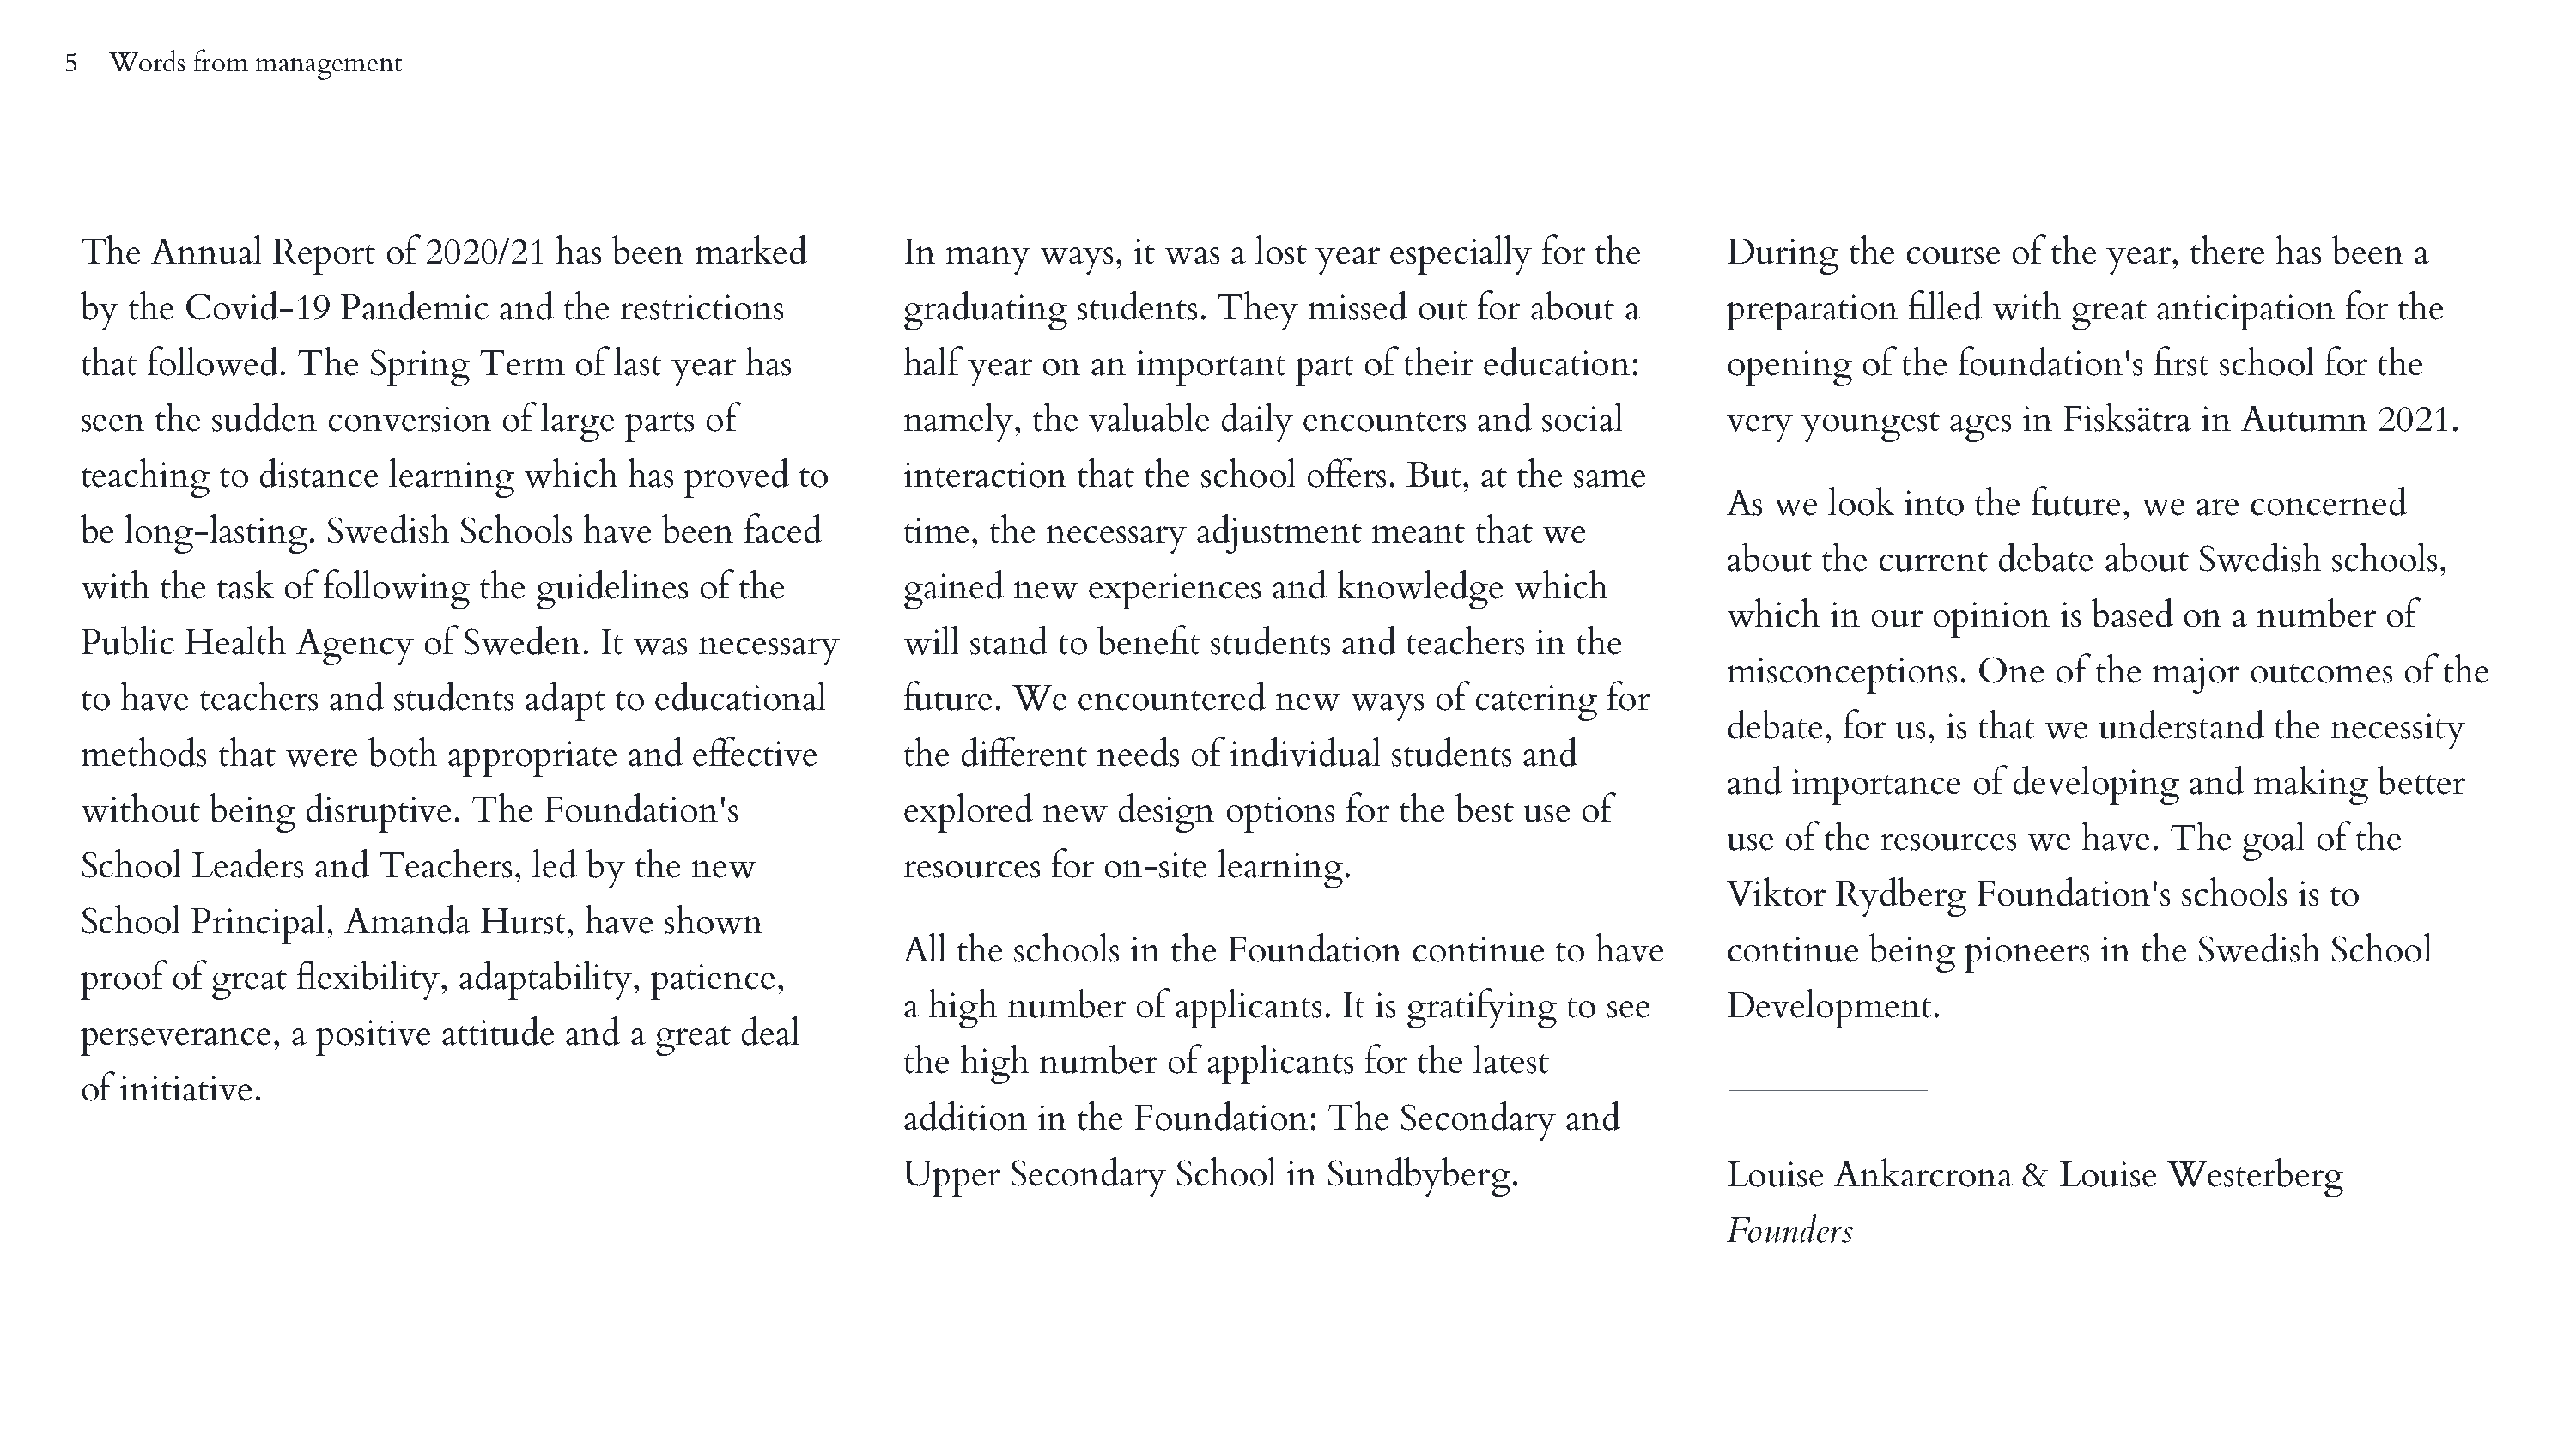
5  Words  from management
 The   Annual   Report   of 2020/21   has been   marked          In many   ways,  it was  a lost year especially  for the       During    the course  of the  year, there has  been  a
 by  the Covid-19    Pandemic    and  the  restrictions          graduating   students.  They   missed  out  for about  a       preparation   filled with  great anticipation   for the
 that followed.   The  Spring   Term   of last year has          half year on  an  important   part of their education:         opening    of the foundation's   first school for the
 seen  the sudden   conversion    of large parts of              namely,   the valuable  daily encounters    and  social        very  youngest   ages  in Fisksätra  in Autumn    2021.
 teaching   to distance  learning  which   has  proved   to      interaction  that the  school  offers. But, at the same
 As  we  look  into the  future, we  are concerned
 be  long-lasting.  Swedish   Schools   have  been  faced        time, the  necessary  adjustment    meant   that we
 about  the  current  debate  about   Swedish   schools,
 with  the  task of following   the guidelines   of the          gained  new   experiences   and  knowledge     which
 which   in our  opinion   is based on  a number    of
 Public  Health   Agency    of Sweden.   It was  necessary       will stand  to benefit students  and  teachers  in  the
 misconceptions.     One  of  the major  outcomes    of the
 to have  teachers  and  students  adapt  to  educational        future. We   encountered    new   ways   of catering  for
 debate,  for us, is that we  understand   the  necessity
 methods    that were  both   appropriate  and  effective        the different  needs  of individual  students  and
 and  importance    of developing    and  making   better
 without   being   disruptive. The   Foundation's                explored  new   design  options   for the best use  of
 use  of the resources  we   have. The   goal  of the
 School   Leaders  and  Teachers,   led by  the new              resources  for on-site  learning.
 Viktor   Rydberg   Foundation's    schools  is to
 School   Principal,  Amanda    Hurst,  have  shown
 All the schools  in the  Foundation    continue   to have      continue   being   pioneers  in the Swedish    School
 proof  of great  flexibility, adaptability, patience,
 a high  number    of applicants. It is gratifying  to see      Development.
 perseverance,   a positive  attitude  and  a great deal
 the high  number    of applicants  for the  latest
 of initiative.
 addition  in the Foundation:    The   Secondary    and
 Upper   Secondary    School  in Sundbyberg.                    Louise  Ankarcrona     &  Louise  Westerberg
 Founders